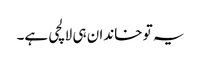
یہ تو خاندان ہی لالچی ہے۔